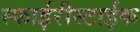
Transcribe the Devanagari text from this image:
स्फाईरीस्टाईक